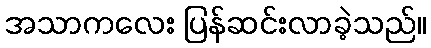
အသာကလေး ပြန်ဆင်းလာခဲ့သည်။